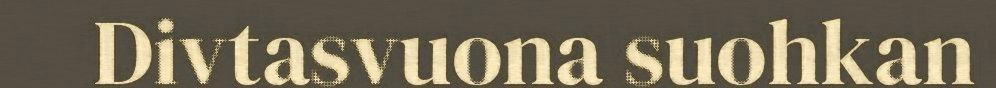
Divtasvuona suohkan